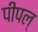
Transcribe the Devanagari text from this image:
पीपल्